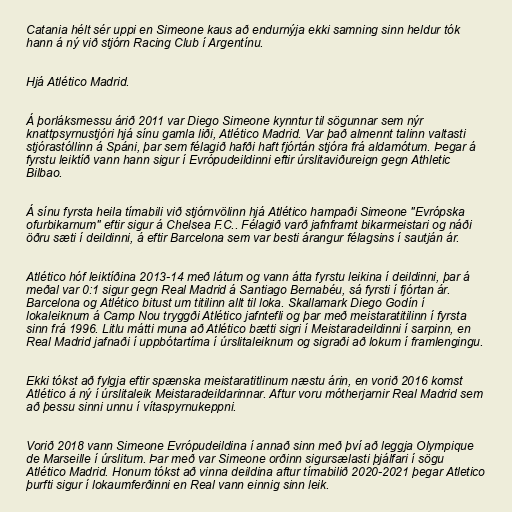
Catania hélt sér uppi en Simeone kaus að endurnýja ekki samning sinn heldur tók
hann á ný við stjórn Racing Club í Argentínu.

Hjá Atlético Madrid.

Á þorláksmessu árið 2011 var Diego Simeone kynntur til sögunnar sem nýr
knattpsyrnustjóri hjá sínu gamla liði, Atlético Madrid. Var það almennt talinn valtasti
stjórastóllinn á Spáni, þar sem félagið hafði haft fjórtán stjóra frá aldamótum. Þegar á
fyrstu leiktíð vann hann sigur í Evrópudeildinni eftir úrslitaviðureign gegn Athletic
Bilbao.

Á sínu fyrsta heila tímabili við stjórnvölinn hjá Atlético hampaði Simeone "Evrópska
ofurbikarnum" eftir sigur á Chelsea F.C.. Félagið varð jafnframt bikarmeistari og náði
öðru sæti í deildinni, á eftir Barcelona sem var besti árangur félagsins í sautján ár.

Atlético hóf leiktíðina 2013-14 með látum og vann átta fyrstu leikina í deildinni, þar á
meðal var 0:1 sigur gegn Real Madrid á Santiago Bernabéu, sá fyrsti í fjórtan ár.
Barcelona og Atlético bitust um titilinn allt til loka. Skallamark Diego Godín í
lokaleiknum á Camp Nou tryggði Atlético jafntefli og þar með meistaratitilinn í fyrsta
sinn frá 1996. Litlu mátti muna að Atlético bætti sigri í Meistaradeildinni í sarpinn, en
Real Madrid jafnaði í uppbótartíma í úrslitaleiknum og sigraði að lokum í framlengingu.

Ekki tókst að fylgja eftir spænska meistaratitlinum næstu árin, en vorið 2016 komst
Atlético á ný í úrslitaleik Meistaradeildarinnar. Aftur voru mótherjarnir Real Madrid sem
að þessu sinni unnu í vítaspyrnukeppni.

Vorið 2018 vann Simeone Evrópudeildina í annað sinn með því að leggja Olympique
de Marseille í úrslitum. Þar með var Simeone orðinn sigursælasti þjálfari í sögu
Atlético Madrid. Honum tókst að vinna deildina aftur tímabilið 2020-2021 þegar Atletico
þurfti sigur í lokaumferðinni en Real vann einnig sinn leik.